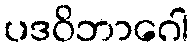
ပဒဝိဘာဂေါ